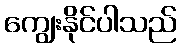
ကျွေးနိုင်ပါသည်